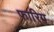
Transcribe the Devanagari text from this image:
फारिग